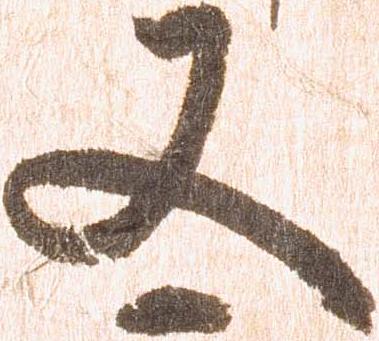
又